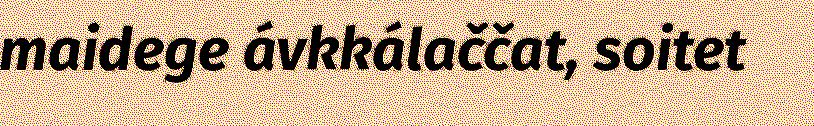
maidege ávkkálaččat, soitet